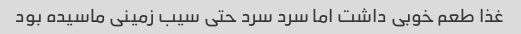
غذا طعم خوبی داشت اما سرد سرد حتی سیب زمینی ماسیده بود